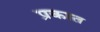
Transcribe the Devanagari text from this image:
प्रकात